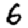
Digit: 6